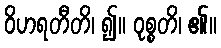
ဝိဟရတီတိ၊ ၍။ ဝုစ္စတိ၊ ၏။